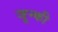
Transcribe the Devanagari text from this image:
जून्की